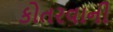
કોતરવાની